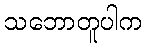
သဘောတူပါက